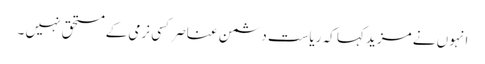
انہو ں نے مزید کہا کہ ریاست دشمن عناصر کسی نرمی کے مستحق نہیں ۔